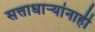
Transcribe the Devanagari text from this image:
सत्ताधाऱ्यांनाही